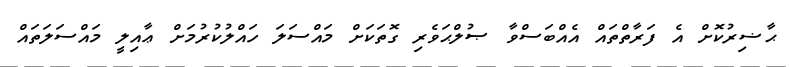
ޙާޟިރުކޮށް އެ ފަރާތްތައް އެއްބަސްވާ ޞުލްޙަވެރި ގޮތަކަށް މައްސަލަ ހައްލުކުރުމަށް ޢާއިލީ މައްސަލަތައް